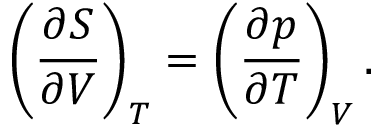
\left( { \frac { \partial S } { \partial V } } \right) _ { T } = \left( { \frac { \partial p } { \partial T } } \right) _ { V } .